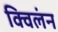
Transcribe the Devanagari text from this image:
क्विलंन